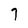
Character: 7